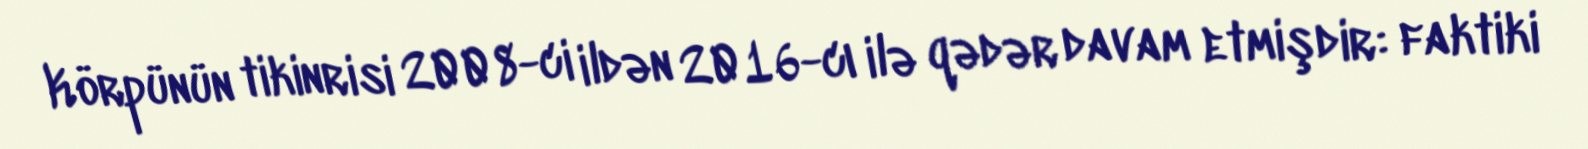
Körpünün tikinrisi 2008-ci ildən 2016-cı ilə qədər davam etmişdir: faktiki